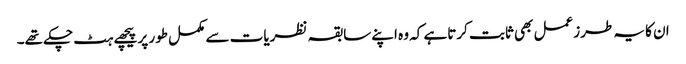
ان کا یہ طرزعمل بھی ثابت کرتاہے کہ وہ اپنے سابقہ نظریات سے مکمل طور پر پیچھے ہٹ چکے تھے۔